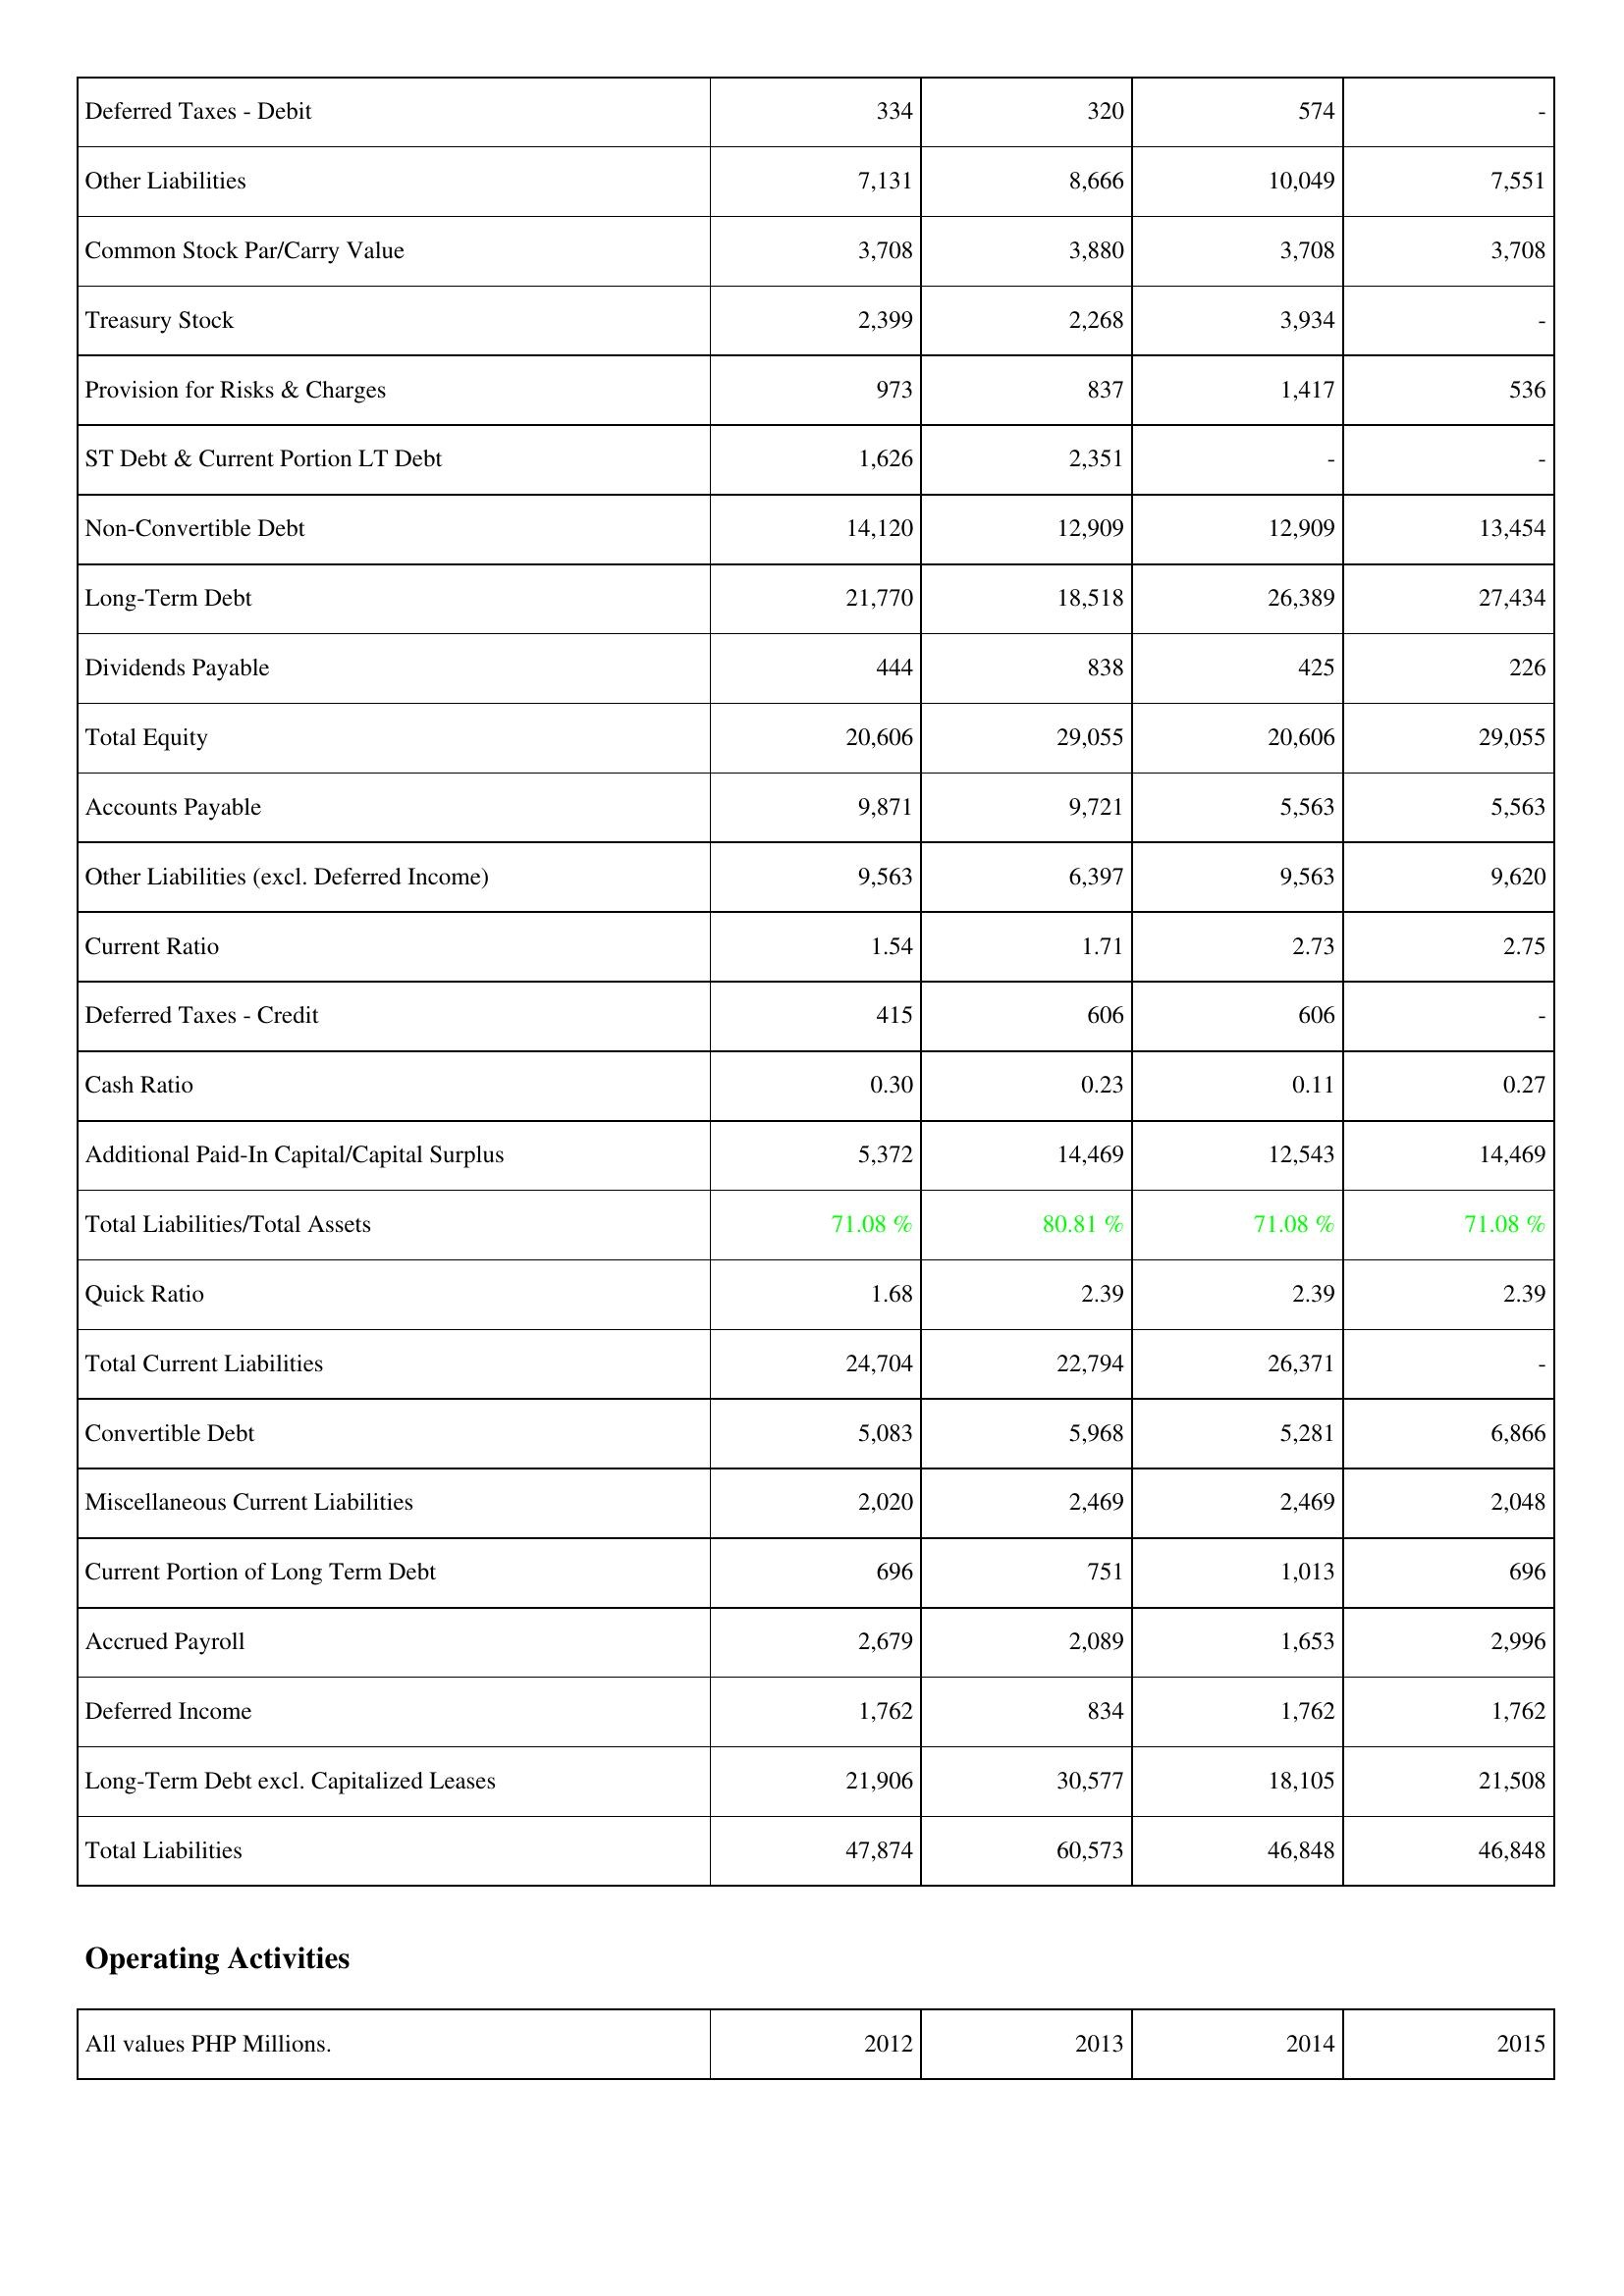
2012: Liabilities & Shareholders' Equity: Deferred Taxes - Debit: 334
Other Liabilities: 7,131
Common Stock Par/Carry Value: 3,708
Treasury Stock: 2,399
Provision for Risks & Charges: 973
ST Debt & Current Portion LT Debt: 1,626
Non-Convertible Debt: 14,120
Long-Term Debt: 21,770
Dividends Payable: 444
Total Equity: 20,606
Accounts Payable: 9,871
Other Liabilities (excl. Deferred Income): 9,563
Current Ratio: 1.54
Deferred Taxes - Credit: 415
Cash Ratio: 0.30
Additional Paid-In Capital/Capital Surplus: 5,372
Total Liabilities/Total Assets: 71.08 %
Quick Ratio: 1.68
Total Current Liabilities: 24,704
Convertible Debt: 5,083
Miscellaneous Current Liabilities: 2,020
Current Portion of Long Term Debt: 696
Accrued Payroll: 2,679
Deferred Income: 1,762
Long-Term Debt excl. Capitalized Leases: 21,906
Total Liabilities: 47,874
2013: Liabilities & Shareholders' Equity: Deferred Taxes - Debit: 320
Other Liabilities: 8,666
Common Stock Par/Carry Value: 3,880
Treasury Stock: 2,268
Provision for Risks & Charges: 837
ST Debt & Current Portion LT Debt: 2,351
Non-Convertible Debt: 12,909
Long-Term Debt: 18,518
Dividends Payable: 838
Total Equity: 29,055
Accounts Payable: 9,721
Other Liabilities (excl. Deferred Income): 6,397
Current Ratio: 1.71
Deferred Taxes - Credit: 606
Cash Ratio: 0.23
Additional Paid-In Capital/Capital Surplus: 14,469
Total Liabilities/Total Assets: 80.81 %
Quick Ratio: 2.39
Total Current Liabilities: 22,794
Convertible Debt: 5,968
Miscellaneous Current Liabilities: 2,469
Current Portion of Long Term Debt: 751
Accrued Payroll: 2,089
Deferred Income: 834
Long-Term Debt excl. Capitalized Leases: 30,577
Total Liabilities: 60,573
2014: Liabilities & Shareholders' Equity: Deferred Taxes - Debit: 574
Other Liabilities: 10,049
Common Stock Par/Carry Value: 3,708
Treasury Stock: 3,934
Provision for Risks & Charges: 1,417
ST Debt & Current Portion LT Debt: -
Non-Convertible Debt: 12,909
Long-Term Debt: 26,389
Dividends Payable: 425
Total Equity: 20,606
Accounts Payable: 5,563
Other Liabilities (excl. Deferred Income): 9,563
Current Ratio: 2.73
Deferred Taxes - Credit: 606
Cash Ratio: 0.11
Additional Paid-In Capital/Capital Surplus: 12,543
Total Liabilities/Total Assets: 71.08 %
Quick Ratio: 2.39
Total Current Liabilities: 26,371
Convertible Debt: 5,281
Miscellaneous Current Liabilities: 2,469
Current Portion of Long Term Debt: 1,013
Accrued Payroll: 1,653
Deferred Income: 1,762
Long-Term Debt excl. Capitalized Leases: 18,105
Total Liabilities: 46,848
2015: Liabilities & Shareholders' Equity: Deferred Taxes - Debit: -
Other Liabilities: 7,551
Common Stock Par/Carry Value: 3,708
Treasury Stock: -
Provision for Risks & Charges: 536
ST Debt & Current Portion LT Debt: -
Non-Convertible Debt: 13,454
Long-Term Debt: 27,434
Dividends Payable: 226
Total Equity: 29,055
Accounts Payable: 5,563
Other Liabilities (excl. Deferred Income): 9,620
Current Ratio: 2.75
Deferred Taxes - Credit: -
Cash Ratio: 0.27
Additional Paid-In Capital/Capital Surplus: 14,469
Total Liabilities/Total Assets: 71.08 %
Quick Ratio: 2.39
Total Current Liabilities: -
Convertible Debt: 6,866
Miscellaneous Current Liabilities: 2,048
Current Portion of Long Term Debt: 696
Accrued Payroll: 2,996
Deferred Income: 1,762
Long-Term Debt excl. Capitalized Leases: 21,508
Total Liabilities: 46,848